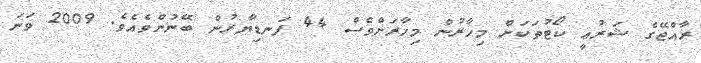
ރާއްޖޭގެ ޝަރުޢީ ކޯޓުތަކަށް މިހާރުން މިހާރަށްވެސް 44 ފަނޑިޔާރުން ބޭނުންވެއެވެ. 2009 ވަނަ